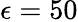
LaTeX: \epsilon=50